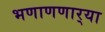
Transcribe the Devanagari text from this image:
भणाणणार्‍या